Leaving Certificate Examination, 1923
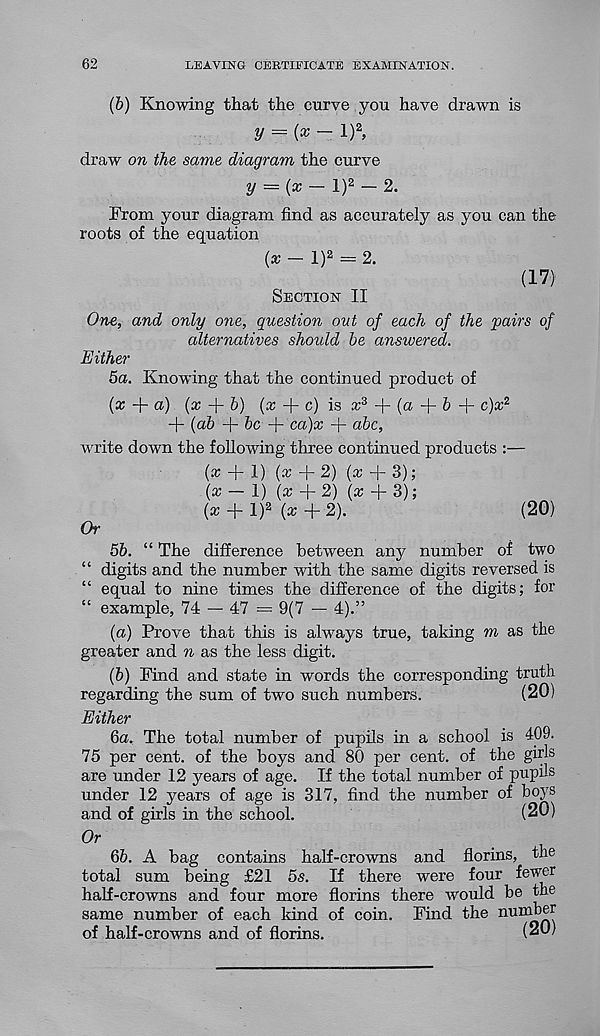
62
LEAVING CERTIFICATE EXAMINATION.
(b) Knowing that the curve you have drawn is
y = {x — l) 2 .
draw on the same diagram the curve
2/ = (* — l) 2 — 2.
From your diagram find as accurately as you can the
roots of the equation
{x - l) 2 = 2.
Section II
(17)
One, and only o?ie, question out of each of the pairs of
alternatives should be answered.
Either
5a. Knowing that the continued product of
(a + a) (a; + b) (x
c) is x 3 f- (a -f b f- c)x z
+ (ab + be
ca)x + abc,
write down the following three continued products :—
(x + 1)
+ 2) (a; + 3);
(*-1) (x+2) (a;+ 3);
(a; + l) 2 (x + 2).
(20)
Or
5b. “ The difference between any number of two
“ digits and the number with the same digits reversed is
“ equal to nine times the difference of the digits; for
“ example, 74 — 47 = 9(7 — 4).”
(a) Prove that this is always true, taking m as the
greater and n as the less digit.
(b) Find and state in words the corresponding truth
regarding the sum of two such numbers.
(20)
Either
ба. The total number of pupils in a school is 409.
75 per cent, of the boys and 80 per cent, of the girls
are under 12 years of age. If the total number of pupils
under 12 years of age is 317, find the number of boys
and of girls in the school.
(20)
Or
бб. A bag contains half-crowns and florins, the
total sum being £21 5s. If there were four f ew^r
half-crowns and four more florins there would be the
same number of each kind of coin. Find the number
of half-crowns and of florins.
(20)